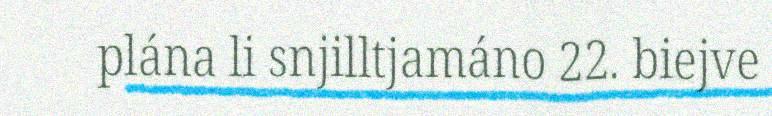
plána li snjilltjamáno 22. biejve